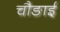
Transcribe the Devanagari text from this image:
चौङाई